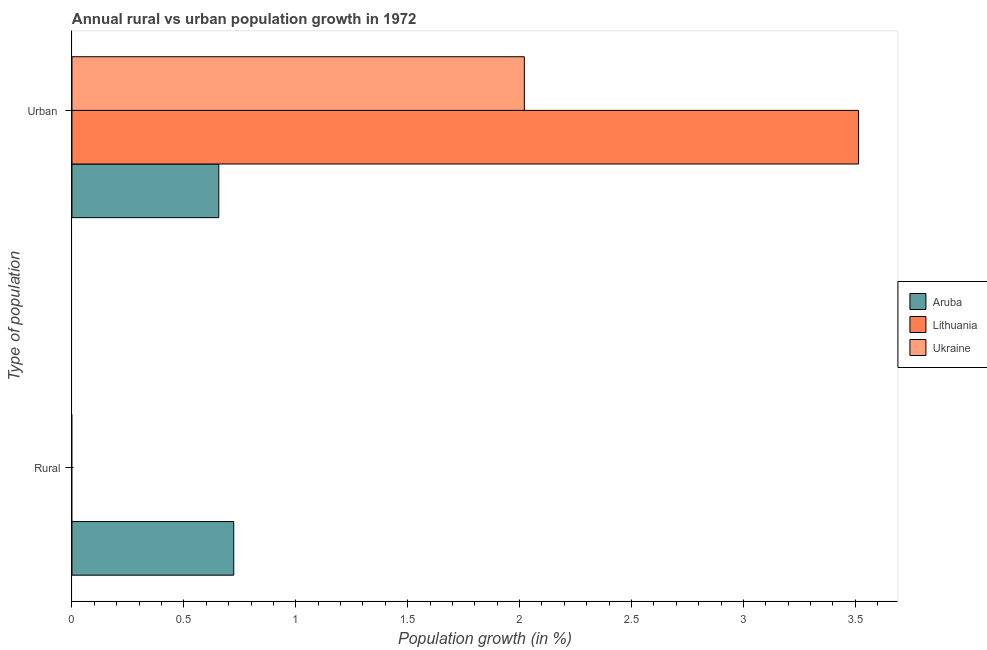
| Type of population | Aruba | Lithuania | Ukraine |
 | --- | --- | --- | --- |
 | Rural | 0.723 | -1.49 | -0.9 |
 | Urban  | 0.656 | 3.51 | 2.02 |